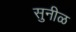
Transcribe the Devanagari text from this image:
सुनीळ